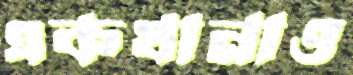
একখানাও